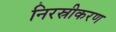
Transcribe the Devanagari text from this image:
निरस्रीकरण